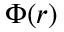
\Phi ( \boldsymbol { r } )